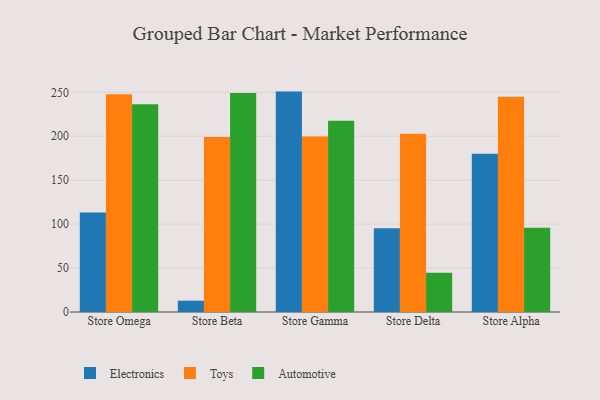
{"axis": {"x": "Store", "y": "Backlog"}, "legend": ["Automotive", "Electronics", "Toys"], "data": [{"x": "Store Omega", "y": 113.1, "type": "Electronics"}, {"x": "Store Omega", "y": 247.9, "type": "Toys"}, {"x": "Store Omega", "y": 236.5, "type": "Automotive"}, {"x": "Store Beta", "y": 12.9, "type": "Electronics"}, {"x": "Store Beta", "y": 199.0, "type": "Toys"}, {"x": "Store Beta", "y": 249.3, "type": "Automotive"}, {"x": "Store Gamma", "y": 250.8, "type": "Electronics"}, {"x": "Store Gamma", "y": 199.7, "type": "Toys"}, {"x": "Store Gamma", "y": 217.7, "type": "Automotive"}, {"x": "Store Delta", "y": 95.2, "type": "Electronics"}, {"x": "Store Delta", "y": 202.7, "type": "Toys"}, {"x": "Store Delta", "y": 44.8, "type": "Automotive"}, {"x": "Store Alpha", "y": 180.0, "type": "Electronics"}, {"x": "Store Alpha", "y": 245.0, "type": "Toys"}, {"x": "Store Alpha", "y": 96.0, "type": "Automotive"}]}